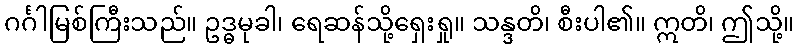
ဂင်္ဂါမြစ်ကြီးသည်။ ဥဒ္ဓမုခါ၊ ရေဆန်သို့ရှေးရှု။ သန္ဒတိ၊ စီးပါ၏။ ဣတိ၊ ဤသို့။